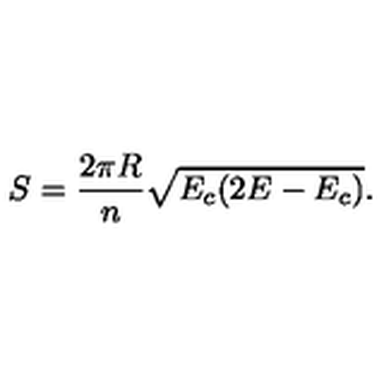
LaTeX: S = \frac { 2 \pi R } { n } \sqrt { E _ { c } ( 2 E - E _ { c } ) } .